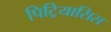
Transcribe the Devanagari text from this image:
पिट्रियासिस